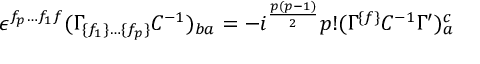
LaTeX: \epsilon ^ { f _ { p } \ldots f _ { 1 } f } ( \Gamma _ { \{ f _ { 1 } \} \ldots \{ f _ { p } \} } C ^ { - { 1 } } ) _ { { b a } } = - i ^ { { { \frac { p ( p - 1 ) } { 2 } } } } p ! ( \Gamma ^ { \{ f \} } C ^ { - { 1 } } \Gamma ^ { \prime } ) _ { a } ^ { c }